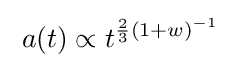
\;a(t)\propto t^{{\frac {2}{3}}(1+w)^{-1}}~